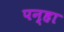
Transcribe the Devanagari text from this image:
पन्हा